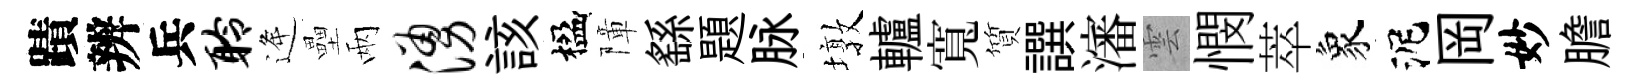
蹟辨兵聆逄壘兩涌該楹障繇題脉墩轤寬質譔瀋雲憫萃象泥岡妙膽